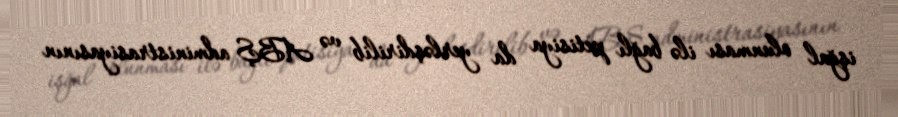
işğal olunması ilə bağlı petisiya da yerləşdirilib və ABŞ administrasiyasının